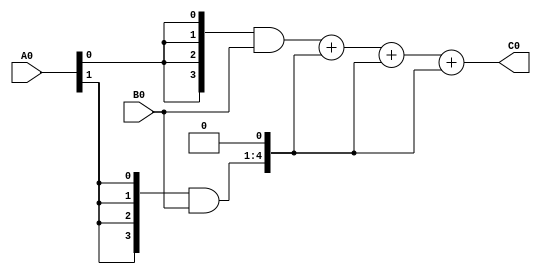
/*
 4-Bit Binary Multiplier 
 
 input A0, B0 and C0 Output 
*/

module Binary_Multiplier(A0,B0,C0);
input [3:0] A0 , B0; 
output [7:0] C0; 
wire [3:0] m0 ;
wire [4:0] m1; 
wire [5:0] m2; 
wire [6:0] m3; 

//middle terms 
wire [7:0] s1,s2,s3; 

assign m0= {4{A0[0]}}&{B0[3:0]}; 
assign m1= {4{A0[1]}}&{B0[3:0]}; 
assign m2= {4{A0[1]}}&{B0[3:0]}; 
assign m3= {4{A0[1]}}&{B0[3:0]}; 

assign s1= m0+(m1<<1 );
assign s2= s1+(m2<<1 ); 
assign s3= s2+(m3<<1 ); 

assign C0 = s3 ; 

endmodule

module tb_binary();
    reg [3:0] A0, B0;
	wire[7:0] C0; 
 Binary_Multiplier dut(.A0(A0), .B0(B0), .C0(C0));
 initial
     begin
        A0 =  4'b0110 ; B0 =  4'b0110 ; 
        #10 
        A0 =  4'b0010 ; B0 =  4'b0110 ; 
        #10 	
        A0 =  4'b0111 ; B0 =  4'b0101; 
        #10 
        A0 =  4'b0111 ; B0 =  4'b0111 ; 
        #10
		A0 = 4'b0101 ; B0 = 4'b0101; 
		#10
		A0 = 4'b0111 ; B0 = 4'b0011; 
		#10 
		A0 = 4'b0100 ; B0 = 4'b0110; 
	end
endmodule